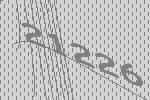
21226